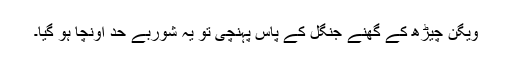
ویگن چیڑھ کے گھنے جنگل کے پاس پہنچی تو یہ شوربے حد اونچا ہو گیا۔